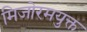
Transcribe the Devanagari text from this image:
मिजोरमयुक्त